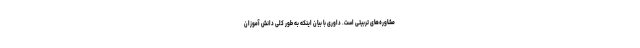
مشاوره‌های تربیتی است. داوری با بیان اینکه به طور کلی دانش آموزان